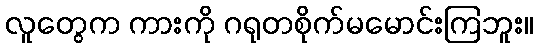
လူတွေက ကားကို ဂရုတစိုက်မမောင်းကြဘူး။